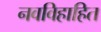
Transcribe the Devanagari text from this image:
नवविहाहित